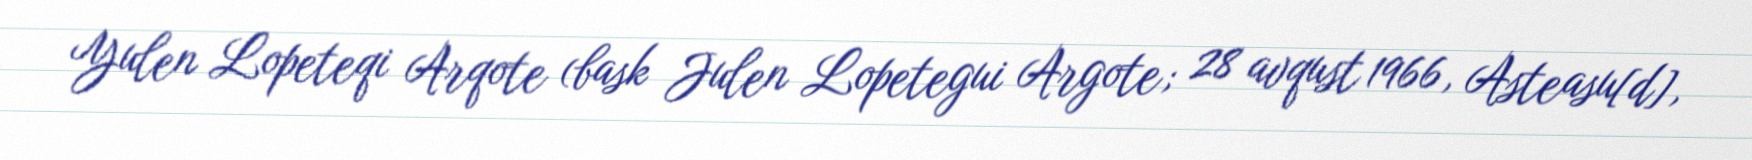
Yulen Lopeteqi Arqote (bask Julen Lopetegui Argote; 28 avqust 1966, Asteasu[d],